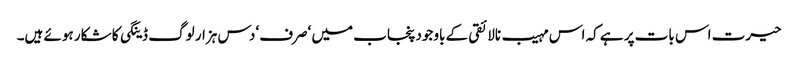
حیرت اس بات پر ہے کہ اس مہیب نالائقی کے باوجود پنجاب میں ‘صرف‘ دس ہزار لوگ ڈینگی کا شکار ہوئے ہیں۔